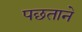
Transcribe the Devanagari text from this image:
पछताने